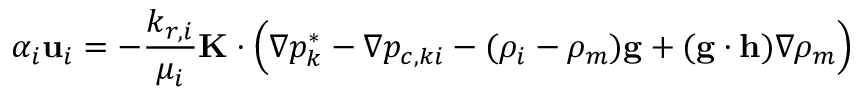
\alpha _ { i } \mathbf { u } _ { i } = - \frac { k _ { r , i } } { \mu _ { i } } \mathbf { K } \cdot \Big ( \nabla p _ { k } ^ { * } - \nabla p _ { c , k i } - ( \rho _ { i } - \rho _ { m } ) \mathbf { g } + ( \mathbf { g } \cdot \mathbf { h } ) \nabla \rho _ { m } \Big )